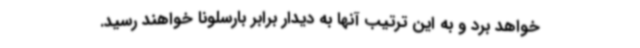
خواهد برد و به این ترتیب آنها به دیدار برابر بارسلونا خواهند رسید.